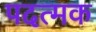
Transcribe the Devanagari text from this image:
पदत्मक